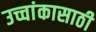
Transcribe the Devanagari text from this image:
उच्चांकासाठी